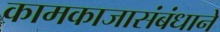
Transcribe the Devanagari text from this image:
कामकाजासंबंधाने